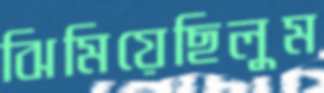
ঝিমিয়েছিলুম